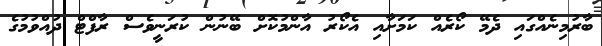
ބާރުމިނެއްގައި ދެމޭ ކޯރެއް ކަމަށާއި އެކޯރު އާންމުކޮށް ބޭނުން ކުރަނީވެސް ރާފްޓް ދުއްވުމުގެ